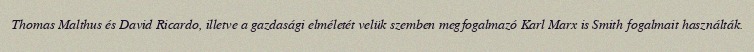
Thomas Malthus és David Ricardo, illetve a gazdasági elméletét velük szemben megfogalmazó Karl Marx is Smith fogalmait használták.